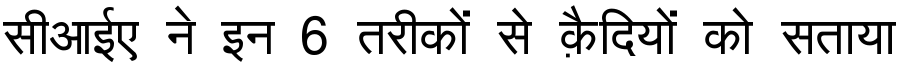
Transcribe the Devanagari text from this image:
सीआईए ने इन 6 तरीकों से क़ैदियों को सताया